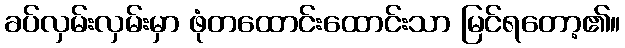
ခပ်လှမ်းလှမ်းမှာ ဖုံတထောင်းထောင်းသာ မြင်ရတော့၏။